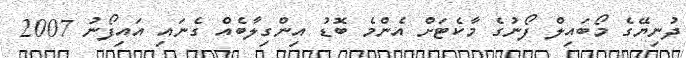
ދުނިޔޭގެ މޯބައިލް ފޯނުގެ މާކެޓަށް އެންމެ ބޮޑު އިންގިލާބެއް ގެނައި އައިފޯނު 2007